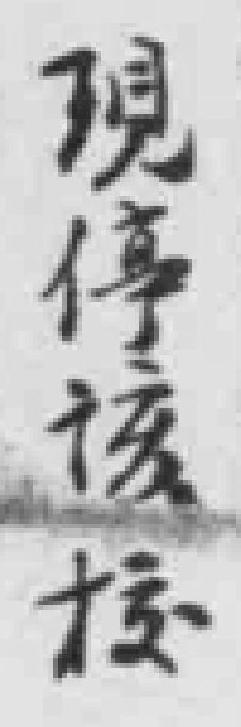
現停該校